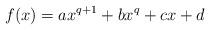
LaTeX: \begin{align*}f(x) = ax^{q+1} + bx^q + cx + d\end{align*}